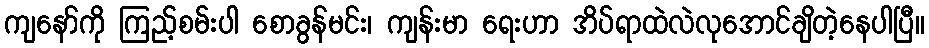
ကျနော်ကို ကြည့်စမ်းပါ စောခွန်မင်း၊ ကျန်းမာ ရေးဟာ အိပ်ရာထဲလဲလုအောင်ချိတဲ့နေပါပြီ။